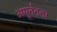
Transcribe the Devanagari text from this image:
अमूर्ततता